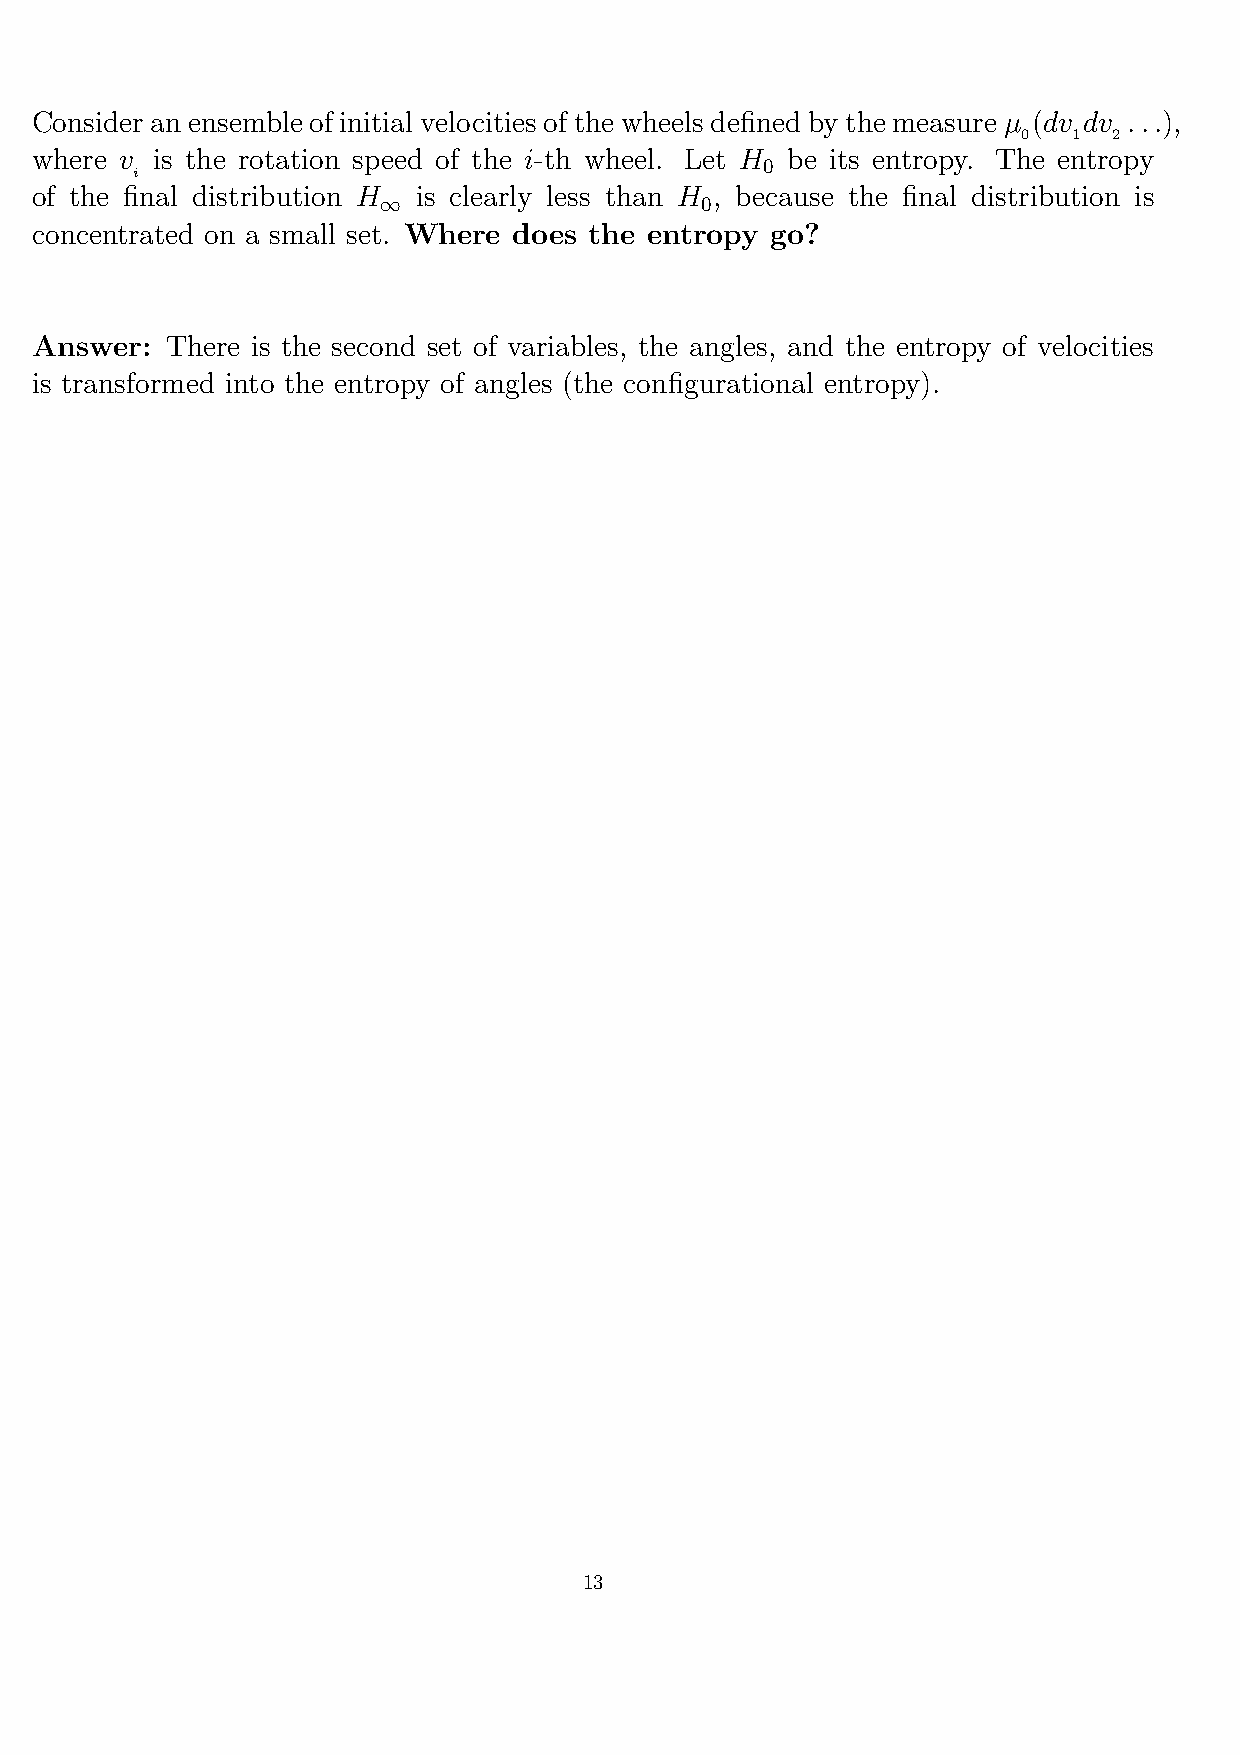
Consider an ensemble of initial velocities of the wheels defined by the measure µ (dv dv ...),
 0  1  2
 where v is the rotation speed of the i-th wheel. Let H be its entropy. The entropy
 0
 i
 of the final distribution H is clearly less than H , because the final distribution is
 ∞                    0
 concentrated on a small set. Where does the entropy go?
 Answer:  There is the second set of variables, the angles, and the entropy of velocities
 is transformed into the entropy of angles (the configurational entropy).
 13